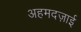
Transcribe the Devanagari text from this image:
अहमदज़ाई